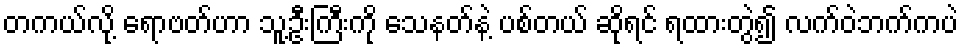
တကယ်လို့ ရောဗတ်ဟာ သူ့ဦးကြီးကို သေနတ်နဲ့ ပစ်တယ် ဆိုရင် ရထားတွဲ၍ လက်ဝဲဘက်ကပဲ